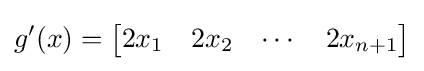
g'(x)={\begin{bmatrix}2x_{1}&2x_{2}&\cdots &2x_{n+1}\end{bmatrix}}